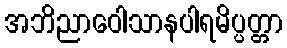
အဘိညာဝေါသာနပါရမိပ္ပတ္တာ